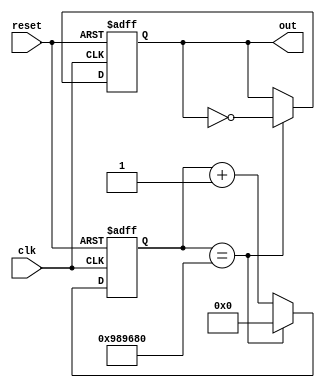
module buzz(clk,
	    reset,
	    out
            /*AUTOARG*/);
   input clk;
   input reset;
   output out;

   reg [31:0] cnt;
   always@(posedge clk or negedge reset)
     if(!reset)
       cnt<=32'd0;
     else if(cnt==32'h989680)
       cnt<=32'd0;
     else
       cnt<=cnt+1'b1;

   reg out_reg;

   always@(posedge clk or negedge reset)
     if(!reset)
       out_reg<=1'b1;
     else if(cnt==32'h989680)
       out_reg<=~out_reg;

   assign out=out_reg;

endmodule